Vaccination in Bombay 1913-1923 - 1913-1923
Year: 1913
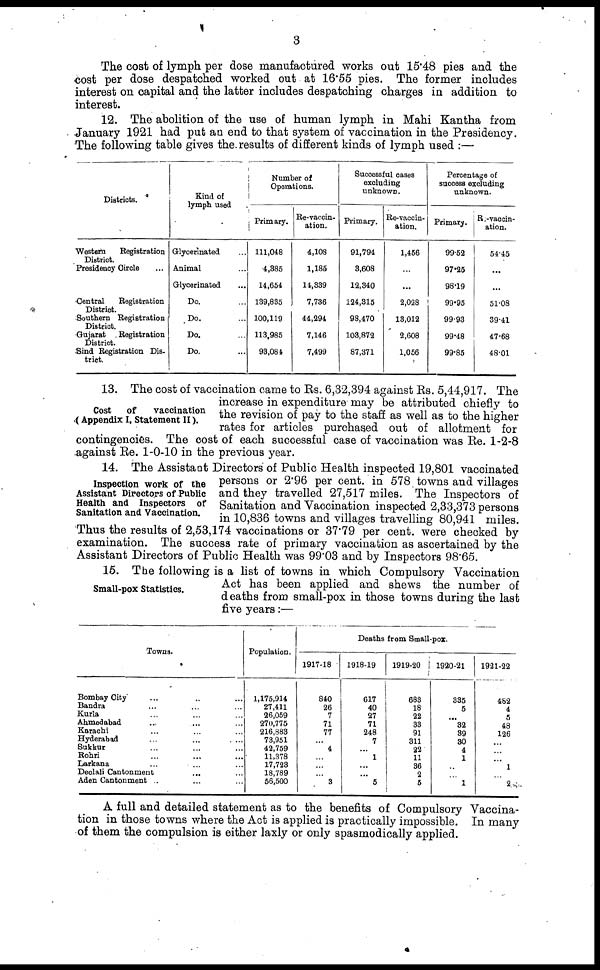
3
The cost of lymph per dose manufactured works out 15.48 pies and the
cost per dose despatched worked out at 16.55 pies. The former includes
interest on capital and the latter includes despatching charges in addition to
interest.
12. The abolition of the use of human lymph in Mahi Kantha from
January 1921 had put an end to that system of vaccination in the Presidency.
The following table gives the results of different kinds of lymph used :—
Districts.
Western
Registration
District.
Presidency Circle ...
Central
Registration
District.
Southern Registration
District.
Gujarat
Registration
District.
Sind Registration Dis-
trict.
Kind of
lymph used
Glycerinated ...
Animal ...
Glycerinated ...
Do. ...
Do. ...
Do. ...
Do. ...
Number of
Operations.
Primary.
111,048
4,385
14,654
139,835
100,119
113,985
93,084
Re-vaccin-
ation.
4,108
1,185
14,339
7,736
44,294
7,146
7,499
Successful cases
excluding
unknown.
Primary.
91,794
3,608
12,340
124,315
98,470
103,872
87,371
Re-vaccin-
ation.
1,456
...
...
2,028
13,012
2,608
1,056
Percentage of
success excluding
unknown.
Primary.
99.52
97.25
98.19
99.95
99.93
99.48
99.85
Re-vaccin¬
ation.
54.45
...
...
51.08
39.41
47.68
48.01
Cost of
vaccination
(Appendix I, Statement II).
13. The cost of vaccination came to Rs. 6,32,394 against Rs. 5,44,917. The
increase in expenditure may be attributed chiefly to
the revision of pay to the staff as well as to the higher
rates for articles purchased out of allotment for
contingencies. The cost of each successful case of vaccination was Re. 1-2-8
against Re. 1-0-10 in the previous year.
Inspection work of the
Assistant Directors of Public
Health and Inspectors of
Sanitation and Vaccination.
14. The Assistant Directors of Public Health inspected 19,801 vaccinated
persons or 2.96 per cent. in 578 towns and villages
and they travelled 27,517 miles. The Inspectors of
Sanitation and Vaccination inspected 2,33,373 persons
in 10,836 towns and villages travelling 80,941 miles.
Thus the results of 2,53,174 vaccinations or 37.79 per cent. were checked by
examination. The success rate of primary vaccination as ascertained by the
Assistant Directors of Public Health was 99.03 and by Inspectors 98.65.
Small-pox Statistics.
15. The following is a list of towns in which Compulsory Vaccination
Act has been applied and shews the number of
deaths from small-pox in those towns during the last
five years:—
Towns.
Bombay City ... ... ...
Bandra ... ... ...
Kurla ... ... ...
Ahmedabad ... ... ...
Karachi ... ... ...
Hyderabad ... ... ...
Sukkur ... ... ...
Rohri ... ... ...
Larkana ... ... ...
Deolali Cantonment ... ...
Aden Cantonment .. ... ...
Population.
1,175,914
27,411
26,059
270,775
216,883
73,951
42,759
11,378
17,723
18,789
56,500
Deaths from Small-pox.
1917-18
840
26
7
71
77
...
4
...
...
...
3
1918-19
617
40
27
71
248
7
...
1
...
...
5
1919-20
683
18
22
33
91
311
22
11
36
2
5
1920-21
335
5
...
32
39
30
4
1
...
...
1
1921-22
482
4
5
48
126
...
...
...
1
...
2
A full and detailed statement as to the benefits of Compulsory Vaccina-
tion in those towns where the Act is applied is practically impossible. In many
of them the compulsion is either laxly or only spasmodically applied.